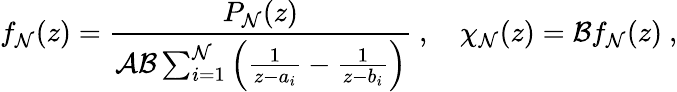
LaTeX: f_{\cal N}(z)={\frac{P_{\cal N}(z)}{{\cal A}{\cal B}\sum_{i=1}^{\cal N}\left({\frac{1}{z-a_{i}}}-{\frac{1}{z-b_{i}}}\right)}}\ ,\quad\chi_{\cal N}(z)={\cal B}f_{\cal N}(z)\ ,